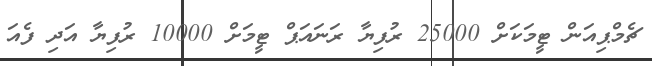
ޗެމްޕިއަން ޓީމަކަށް 25000 ރުފިޔާ ރަނައަޕް ޓީމަށް 10000 ރުފިޔާ އަދި ފެއަ